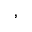
\mathrm { , }